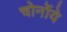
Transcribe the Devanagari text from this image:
चोर्नोये